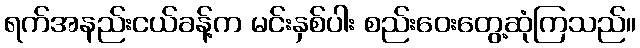
ရက်အနည်းငယ်ခန့်က မင်းနှစ်ပါး စည်းဝေးတွေ့ဆုံကြသည်။